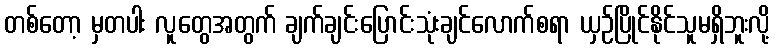
တစ်တော့ မှတပါး လူတွေအတွက် ချက်ချင်းပြောင်းသုံးချင်လောက်စရာ ယှဉ်ပြိုင်နိုင်သူမရှိဘူးလို့